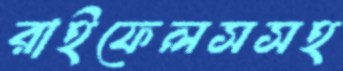
রাইফেলসসহ